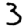
Digit: 3